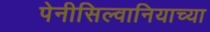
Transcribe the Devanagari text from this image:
पेनीसिल्वानियाच्या